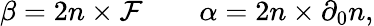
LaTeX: \beta=2n\times{\cal F}\qquad\alpha=2n\times\partial_{0}n,